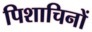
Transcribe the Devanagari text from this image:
पिशाचिनों